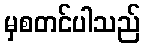
မှစတင်ပါသည်